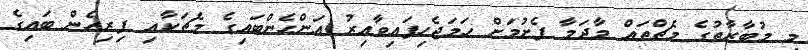
މި މުބާރާތުގެ މެޗްތައް މާދަމާ ފެށުމަށް ހަމަޖެހިފައިވާއިރު އަންހެންބައިގެ މެޗަކާއި ފިރިހެން ބައިގެ